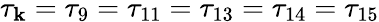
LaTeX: \tau_{\mathbf{k}}=\tau_{9}=\tau_{11}=\tau_{13}=\tau_{14}=\tau_{15}